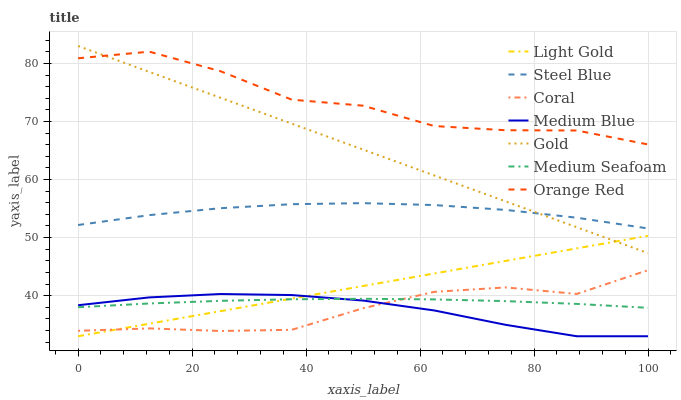
| xaxis_label | Light Gold | Steel Blue | Coral | Medium Blue | Gold | Medium Seafoam | Orange Red |
 | --- | --- | --- | --- | --- | --- | --- | --- |
 | 0 | 33 | 52.2 | 33.9 | 38.3 | 83 | 38 | 80.9 |
 | 12.5 | 35.2 | 53.9 | 34.4 | 39.7 | 78.5 | 38.6 | 82 |
 | 25 | 37.3 | 55.1 | 33.9 | 40.3 | 74.1 | 39.1 | 78.7 |
 | 37.5 | 39.5 | 55.7 | 34.1 | 40.1 | 69.6 | 39.4 | 73.8 |
 | 50 | 41.7 | 55.9 | 37.8 | 39.2 | 65.2 | 39.5 | 72.7 |
 | 62.5 | 43.8 | 55.6 | 40.6 | 37.4 | 60.7 | 39.3 | 69.2 |
 | 75 | 46 | 54.8 | 41.4 | 35 | 56.2 | 39.1 | 68.5 |
 | 87.5 | 48.1 | 53.4 | 40.3 | 33 | 51.8 | 38.6 | 68.4 |
 | 100 | 50.3 | 51.6 | 44.4 | 33 | 47.3 | 37.9 | 66 |